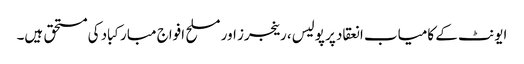
ایونٹ کے کامیاب انعقاد پر پولیس، رینجرز اور مسلح افواج مبارکباد کی مستحق ہیں۔